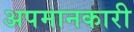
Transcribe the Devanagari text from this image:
अपमानकारी